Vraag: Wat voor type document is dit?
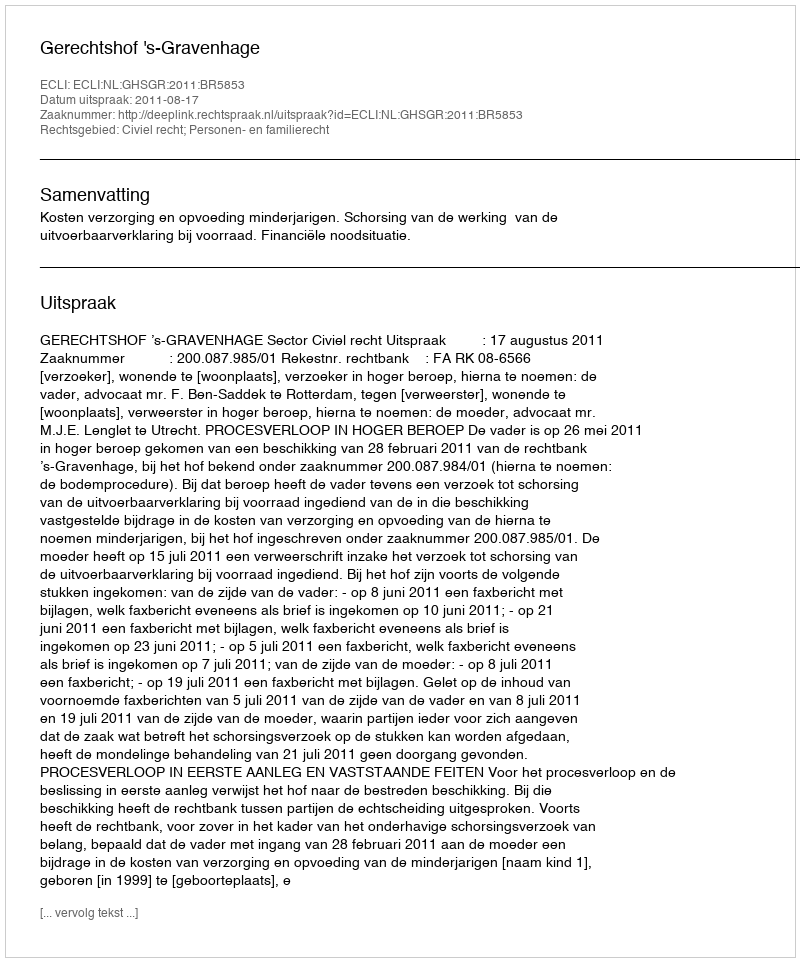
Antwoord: Uitspraak